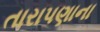
તારાપણાના